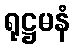
ရုဋ္ဌမနံ